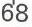
68